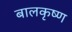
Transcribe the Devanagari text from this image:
बालकृष्‍ण